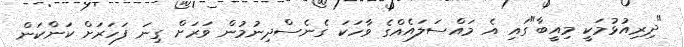
"ދިރިއުޅުމަކީ މިއީބާ"ގައި އެ މައްސަލައެއްގެ ވާހަކަ ގެނެސްދިނުމުން ވަރަށް ގިނަ ފަހަރަށް ކަންކަން